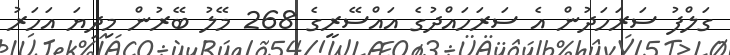
ގަލްފު ސަރަހަދުން އެ ސަރަހައްދުގެ އައްސޭރީގެ 268 މޭލު ބޭރުން މިދިޔަ އަހަރު